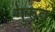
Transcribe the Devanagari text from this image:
गुरुव